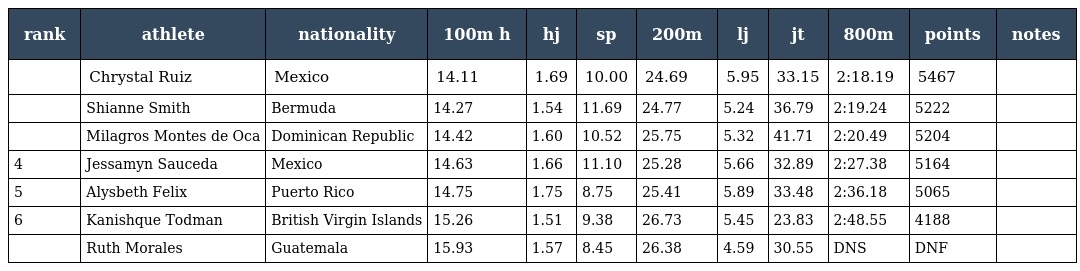
| rank | athlete | nationality | 100m h | hj | sp | 200m | lj | jt | 800m | points | notes |
 | --- | --- | --- | --- | --- | --- | --- | --- | --- | --- | --- | --- |
 |  | Chrystal Ruiz | Mexico | 14.11 | 1.69 | 10.00 | 24.69 | 5.95 | 33.15 | 2:18.19 | 5467 |  |
 |  | Shianne Smith | Bermuda | 14.27 | 1.54 | 11.69 | 24.77 | 5.24 | 36.79 | 2:19.24 | 5222 |  |
 |  | Milagros Montes de Oca | Dominican Republic | 14.42 | 1.60 | 10.52 | 25.75 | 5.32 | 41.71 | 2:20.49 | 5204 |  |
 | 4 | Jessamyn Sauceda | Mexico | 14.63 | 1.66 | 11.10 | 25.28 | 5.66 | 32.89 | 2:27.38 | 5164 |  |
 | 5 | Alysbeth Felix | Puerto Rico | 14.75 | 1.75 | 8.75 | 25.41 | 5.89 | 33.48 | 2:36.18 | 5065 |  |
 | 6 | Kanishque Todman | British Virgin Islands | 15.26 | 1.51 | 9.38 | 26.73 | 5.45 | 23.83 | 2:48.55 | 4188 |  |
 |  | Ruth Morales | Guatemala | 15.93 | 1.57 | 8.45 | 26.38 | 4.59 | 30.55 | DNS | DNF |  |